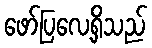
ဖော်ပြလေ့ရှိသည်